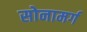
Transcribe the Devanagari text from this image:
सोनामर्ग